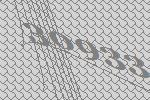
30933